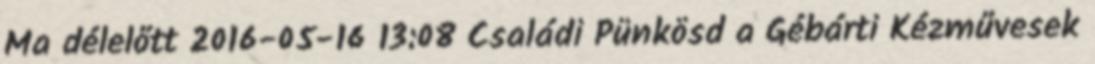
Ma délelőtt 2016-05-16 13:08 Családi Pünkösd a Gébárti Kézművesek